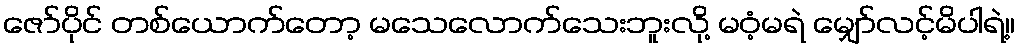
ဇော်ပိုင် တစ်ယောက်တော့ မသေလောက်သေးဘူးလို့ မဝံ့မရဲ မျှော်လင့်မိပါရဲ့။